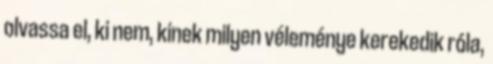
olvassa el, ki nem, kinek milyen véleménye kerekedik róla,